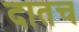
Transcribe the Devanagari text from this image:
दातच